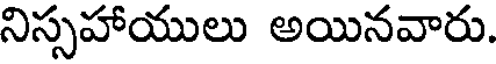
నిస్సహాయులు అయినవారు.